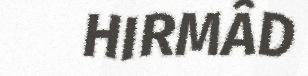
HIRMÂD